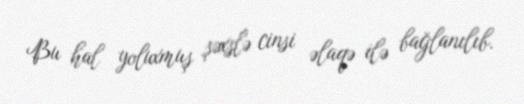
Bu hal yoluxmuş şəxslə cinsi əlaqə ilə bağlanılıb.